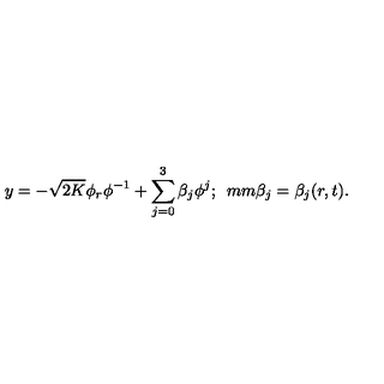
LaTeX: y = - \sqrt { 2 K } \phi _ { r } \phi ^ { - 1 } + \sum _ { j = 0 } ^ { 3 } \beta _ { j } \phi ^ { j } ; \hspace * { 5 m m } \beta _ { j } = \beta _ { j } ( r , t ) .